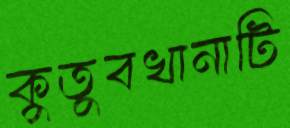
কুতুবখানাটি